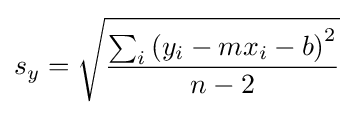
s_{y}={\sqrt {\frac {\sum _{i}{(y_{i}-mx_{i}-b)}^{2}}{n-2}}}